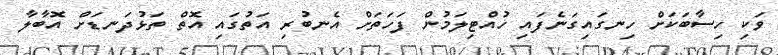
ވަކި ހިސާބަކަށް ހިނގައިގަނެފައި ހުއްޓިލަމުން ފަހަތަށް އެނބުރި އަތުގައި އޮތް ތަޅުދަނޑަށް އޮބާލާ